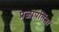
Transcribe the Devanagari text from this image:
प्रजापतिंना